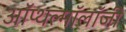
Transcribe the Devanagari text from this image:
ऑप्थल्मॉलॉजी